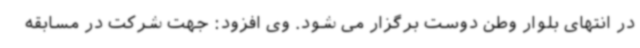
در انتهای بلوار وطن دوست برگزار می شود. وی افزود: جهت شرکت در مسابقه